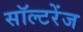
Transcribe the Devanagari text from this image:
सॉल्टरेंज